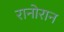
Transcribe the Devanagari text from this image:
रानोरान